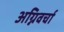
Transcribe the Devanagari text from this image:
अग्निवर्चा